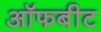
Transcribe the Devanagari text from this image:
ऑफबीट